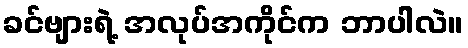
ခင်ဗျားရဲ့ အလုပ်အကိုင်က ဘာပါလဲ။